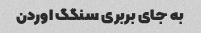
به‌ جای بربری سنگگ اوردن